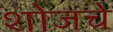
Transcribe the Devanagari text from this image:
शोजचे